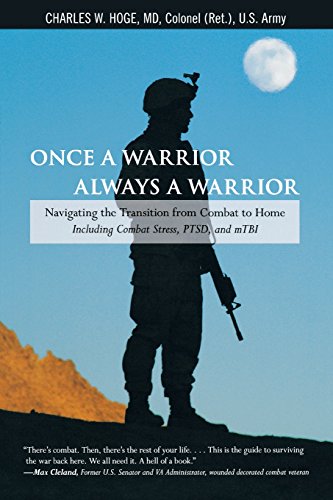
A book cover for Once a Warrior--Always a Warrior: Navigating The Transition From Combat To Home--Including Combat Stress, Ptsd, And Mtbi; Charles Hoge; Medical Books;